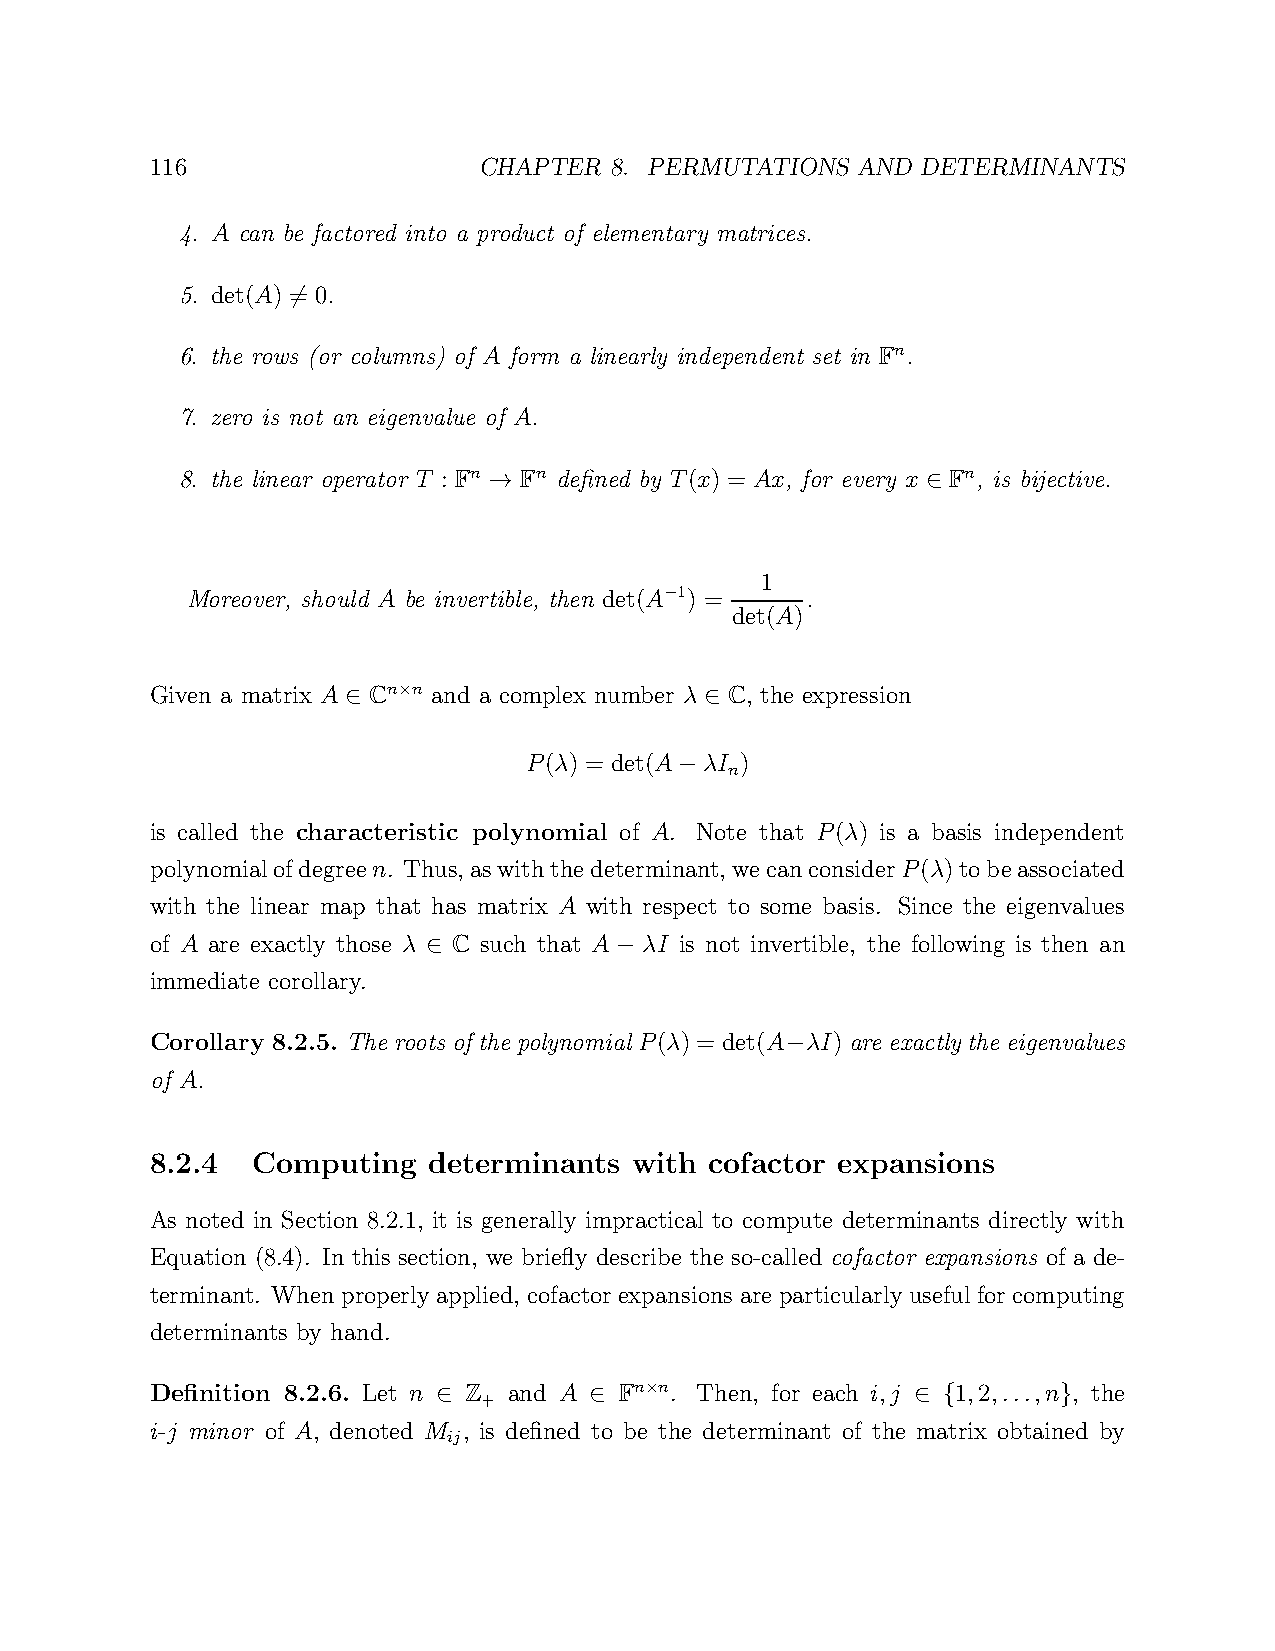
116                   CHAPTER 8. PERMUTATIONS  AND DETERMINANTS
 4. A can be factored into a product of elementary matrices.
 5. det(A) = 0.
 6
 6. the rows (or columns) of A form a linearly independent set in Fn.
 7. zero is not an eigenvalue of A.
 8. the linear operator T : Fn Fn defined by T(x) = Ax, for every x Fn, is bijective.
 →                            ∈
 1
 Moreover, should A be invertible, then det(A 1) = .
 −
 det(A)
 Given a matrix A Cn n and a complex number λ C, the expression
 ×
 ∈                       ∈
 P(λ) = det(A λI )
 n
 −
 is called the characteristic polynomial of A. Note that P(λ) is a basis independent
 polynomialofdegreen. Thus, aswiththedeterminant, wecanconsiderP(λ)tobeassociated
 with the linear map that has matrix A with respect to some basis. Since the eigenvalues
 of A are exactly those λ C such that A λI is not invertible, the following is then an
 ∈            −
 immediate corollary.
 Corollary 8.2.5. The roots of the polynomial P(λ) = det(A λI) are exactly the eigenvalues
 −
 of A.
 8.2.4  Computing  determinants  with cofactor expansions
 As noted in Section 8.2.1, it is generally impractical to compute determinants directly with
 Equation (8.4). In this section, we briefly describe the so-called cofactor expansions of a de-
 terminant. When properly applied, cofactor expansions are particularly useful for computing
 determinants by hand.
 Definition 8.2.6. Let n Z and A Fn n. Then, for each i,j 1,2,...,n , the
 +          ×
 ∈         ∈                    ∈ {       }
 i-j minor of A, denoted M , is defined to be the determinant of the matrix obtained by
 ij